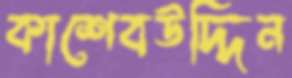
কাশেবউদ্দিন